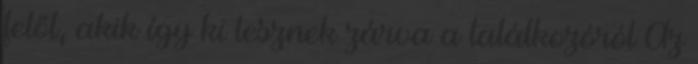
felől, akik így ki lesznek zárva a találkozóról Az